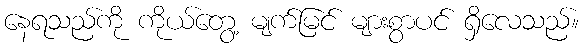
နေရသည်ကို ကိုယ်တွေ့ မျက်မြင် များစွာပင် ရှိလေသည်။